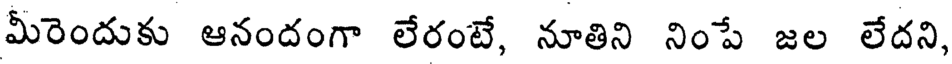
మీరెందుకు ఆనందంగా లేరంటే, నూతిని నింపే జల లేదని,